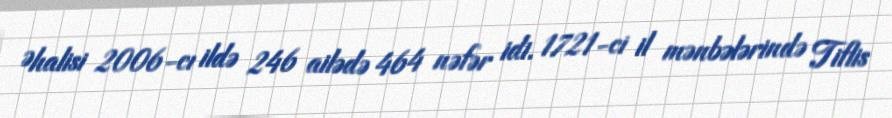
Əhalisi 2006-cı ildə 246 ailədə 464 nəfər idi. 1721-ci il mənbələrində Tiflis